Annual administration report of the Civil Veterinary Department of India - 1895-1896
Year: 1895
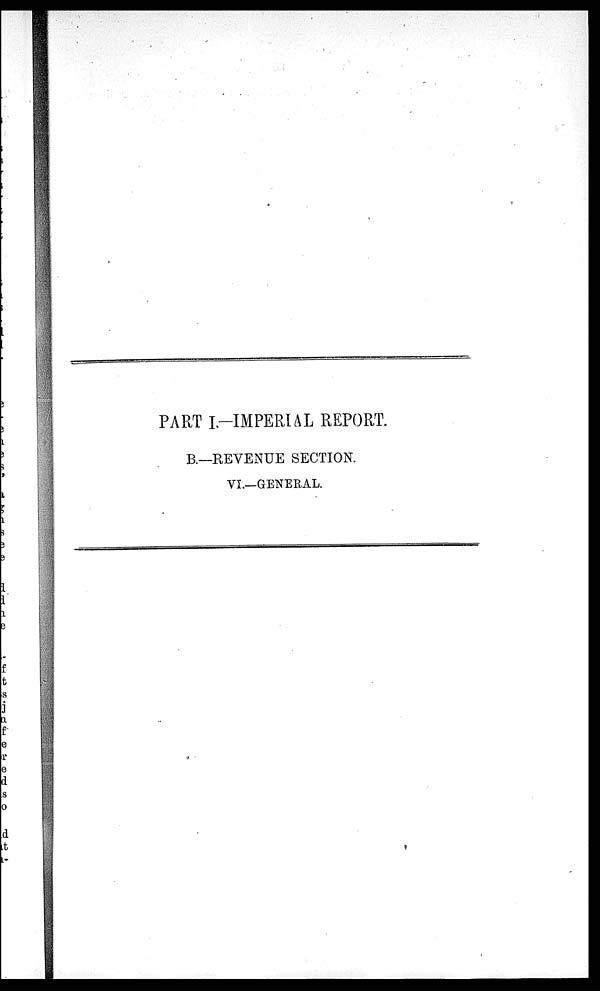
PART I.-IMPERIAL REPORT.
B.—REVENUE SECTION.
VI.—GENERAL.